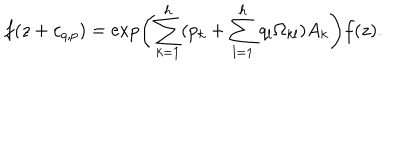
f ( z + c _ { q , p } ) = \exp \left( { \sum _ { k = 1 } ^ { h } ( p _ { k } + \sum _ { l = 1 } ^ { h } q _ { l } \Omega _ { k l } ) A _ { k } } \right) f ( z ) .